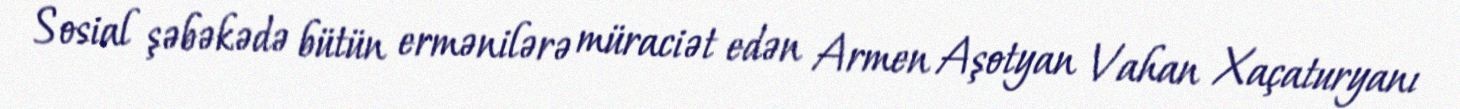
Sosial şəbəkədə bütün ermənilərə müraciət edən Armen Aşotyan Vahan Xaçaturyanı